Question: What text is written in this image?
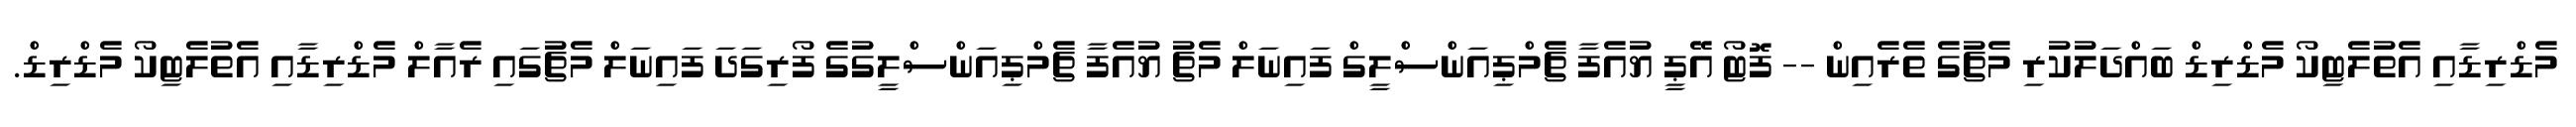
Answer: މެޑްރިޑާއި އެތުލެޓިކޯ މެޑްރިޑް ބައްދަލުކުރި މެޗުގެ ތެރެއިން -- ފޮޓޯ އޭޕީ ޔުއެފާ ޗެމްޕިއަންސްލީގް ފައިނަލް މެޗު ޔުއެފާ ޗެމްޕިއަންސްލީގުގެ ފޯރިގަދަ ފައިނަލް މެޗުގައި ރެއާލް މެޑްރިޑާއި އެތުލެޓިކޯ މެޑްރިޑް.